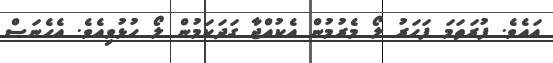
އައެވެ. ފުރަތަމަ ފަހަރު ލޯ މެރުމުން އެކުއްޖާ ގަދަކަމުން ލޯ ހުޅުވިއެވެ. އެހެނަސް